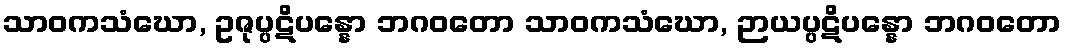
သာဝကသံဃော, ဥဇုပ္ပဋိပန္နော ဘဂဝတော သာဝကသံဃော, ဉာယပ္ပဋိပန္နော ဘဂဝတော